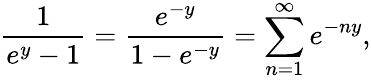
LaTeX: \frac{1}{e^{y}-1}=\frac{e^{-y}}{1-e^{-y}}=\sum_{n=1}^{\infty}e^{-ny},